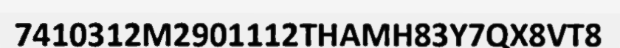
7410312M2901112THAMH83Y7QX8VT8